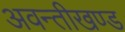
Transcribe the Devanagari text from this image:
अवन्तीखण्ड